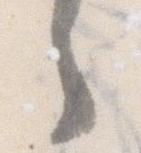
々